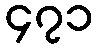
၄၇၁